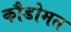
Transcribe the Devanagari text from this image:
कौडोमत